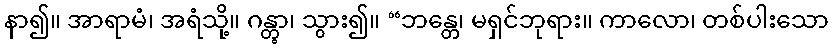
နာ၍။ အာရာမံ၊ အရံသို့။ ဂန္တွာ၊ သွား၍။ “ဘန္တေ၊ မရှင်ဘုရား။ ကာလော၊ တစ်ပါးသော